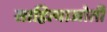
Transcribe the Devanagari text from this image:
साहित्याजोती